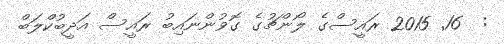
:  16